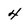
Character: 4